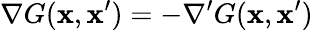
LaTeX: \nabla G(\mathbf{x},\mathbf{x}^{\prime})=-\nabla^{\prime}G(\mathbf{x},\mathbf{x}^{\prime})